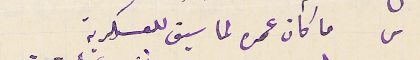
س ما كان عمره لما سيق للعسكرية